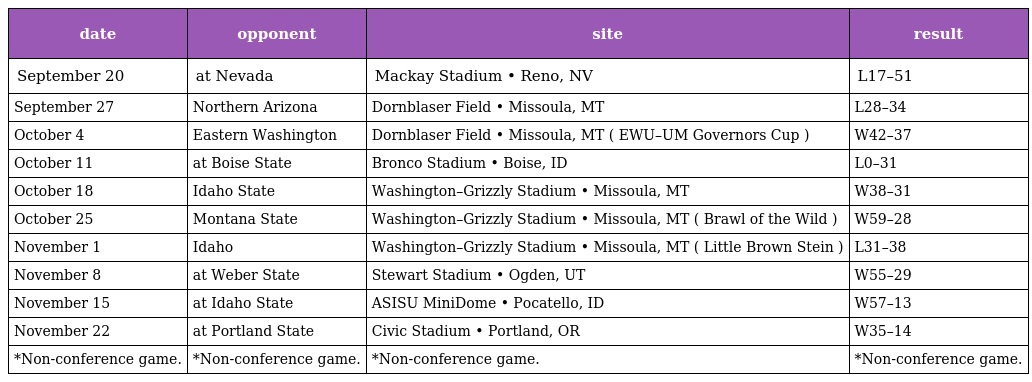
| date | opponent | site | result |
 | --- | --- | --- | --- |
 | September 20 | at Nevada | Mackay Stadium • Reno, NV | L17–51 |
 | September 27 | Northern Arizona | Dornblaser Field • Missoula, MT | L28–34 |
 | October 4 | Eastern Washington | Dornblaser Field • Missoula, MT ( EWU–UM Governors Cup ) | W42–37 |
 | October 11 | at Boise State | Bronco Stadium • Boise, ID | L0–31 |
 | October 18 | Idaho State | Washington–Grizzly Stadium • Missoula, MT | W38–31 |
 | October 25 | Montana State | Washington–Grizzly Stadium • Missoula, MT ( Brawl of the Wild ) | W59–28 |
 | November 1 | Idaho | Washington–Grizzly Stadium • Missoula, MT ( Little Brown Stein ) | L31–38 |
 | November 8 | at Weber State | Stewart Stadium • Ogden, UT | W55–29 |
 | November 15 | at Idaho State | ASISU MiniDome • Pocatello, ID | W57–13 |
 | November 22 | at Portland State | Civic Stadium • Portland, OR | W35–14 |
 | *Non-conference game. | *Non-conference game. | *Non-conference game. | *Non-conference game. |